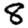
Digit: 8